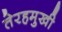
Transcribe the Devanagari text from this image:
तेरहमुखी